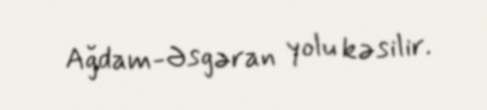
Ağdam-Əsgəran yolu kəsilir.